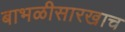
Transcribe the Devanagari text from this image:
बाभळीसारखाच